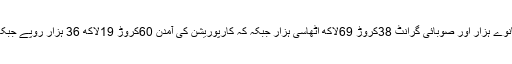
جبکہ ابتدائی بقایا پندرہ کروڑ بارہ لاکھ اٹھانوے ہزار اور صوبائی گرانٹ 38کروڑ 69لاکھ اٹھاسی ہزار جبکہ کہ کارپوریشن کی آمدن 60کروڑ 19لاکھ 36 ہزار روپے جبکہ مختلف اخراجات جس میں مرمت سڑکیں ۔